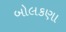
બોલકણા